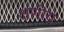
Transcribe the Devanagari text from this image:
क्षणीय